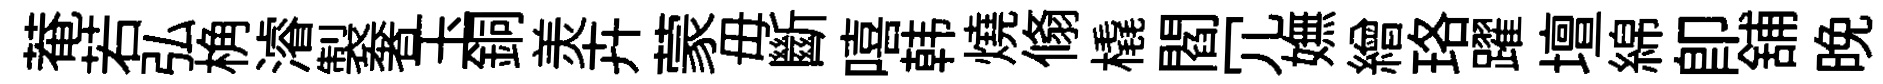
菴若弘桷濬製奢玉銅羙卉蒙毋斷嘻韩燒翛橇閻冗嫵繒珞躍壇綿即舖晩